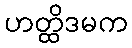
ဟတ္ထိဒမက